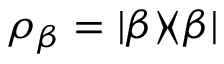
\rho _ { \beta } = | \beta \rangle \! \langle \beta |